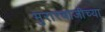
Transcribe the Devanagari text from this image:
मुरारबाजीच्या